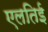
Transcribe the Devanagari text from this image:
एलतिई